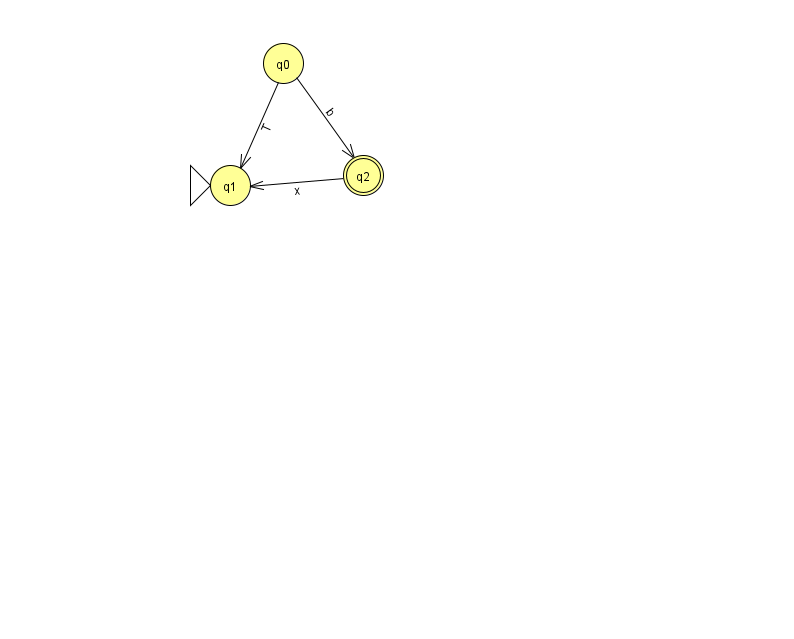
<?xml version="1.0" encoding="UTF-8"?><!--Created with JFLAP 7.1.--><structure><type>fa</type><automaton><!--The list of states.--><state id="0" name="q0"><x>283.0</x><y>50.0</y></state><state id="1" name="q1"><x>230.0</x><y>172.0</y><initial/></state><state id="2" name="q2"><x>363.0</x><y>162.0</y><final/></state><!--The list of transitions.--><transition><from>0</from><to>1</to><read>T</read></transition><transition><from>0</from><to>2</to><read>b</read></transition><transition><from>2</from><to>1</to><read>x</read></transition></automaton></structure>